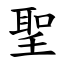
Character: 聖